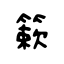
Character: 簌